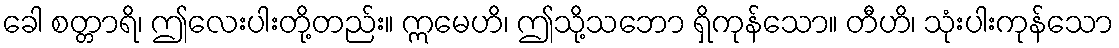
ခေါ စတ္တာရိ၊ ဤလေးပါးတို့တည်း။ ဣမေဟိ၊ ဤသို့သဘော ရှိကုန်သော။ တီဟိ၊ သုံးပါးကုန်သော